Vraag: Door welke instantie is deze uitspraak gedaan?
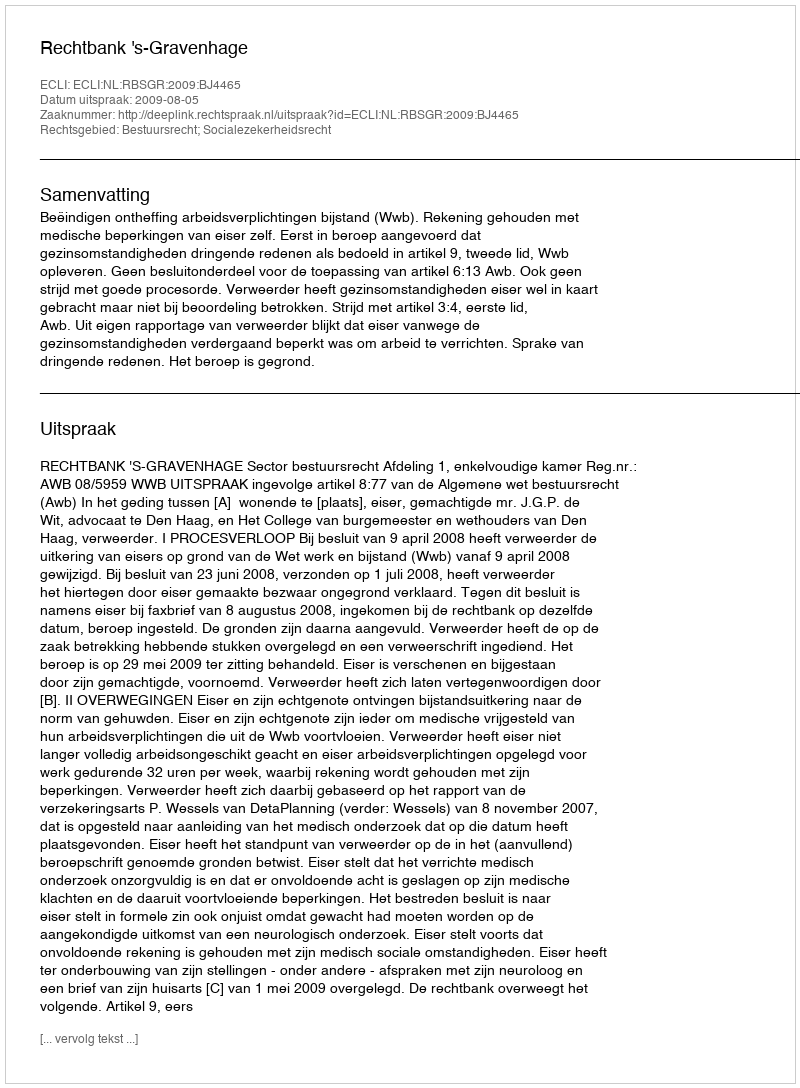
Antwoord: Rechtbank 's-Gravenhage